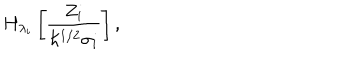
H _ { \lambda _ { i } } \left[ \frac { Z _ { i } } { \hbar ^ { 1 / 2 } \sigma _ { i } } \right] ,